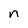
Character: n